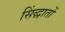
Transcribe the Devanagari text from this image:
सिंद्धातों